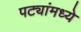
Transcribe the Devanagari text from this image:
पट्यांमध्ये